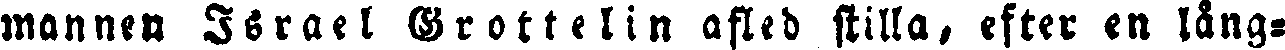
mannen Israel Grottelin afled stilla, efter en lång-